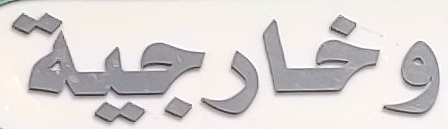
وخارجية